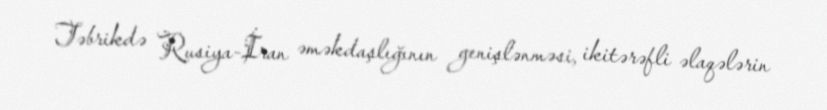
Təbrikdə Rusiya-İran əməkdaşlığının genişlənməsi, ikitərəfli əlaqələrin